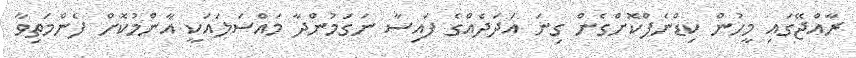
ރާއްޖޭގައި މީހުން ކިޑްނެޕްކޮށްގެން ގިނަ އަދަދެއްގެ ފައިސާ ނަގަމުންދާ މައްސަލައަކީ އާންމުކޮށް ފެންމަތިވާ